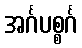
အင်္ဂပစ္စင်္ဂ